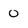
Character: 0